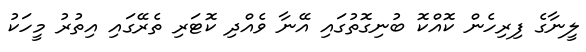
ލީނާގެ ފިރިހެން ކޮއްކޮ ބުނިގޮތުގައި އޭނާ ވެއްދި ކޮޓަރި ތެރޭގައި އިތުރު މީހަކު